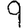
Digit: 9